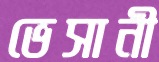
ভেসানী